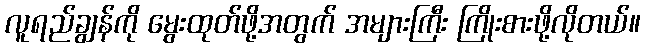
လူရည်ချွန်ကို မွေးထုတ်ဖို့အတွက် အများကြီး ကြိုးစားဖို့လိုတယ်။